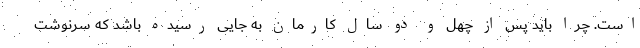
است. چرا باید پس از چهل و دو سال کارمان به جایی رسیده باشد که سرنوشت